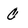
Character: C